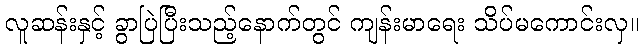
လူဆန်းနှင့် ခွာပြဲပြီးသည့်နောက်တွင် ကျန်းမာရေး သိပ်မကောင်းလှ။